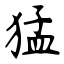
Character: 猛